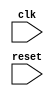
module BCD_counter(
  input clk,
  input reset
  );
  
  reg [3:0] counter_one, counter_ten;//??????counter
  reg carry_bit;//??
  
  
  always @(negedge clk)//clk????
  begin
    if(counter_one == 0)
      carry_bit = 1;
    if(reset)//reset?counter????0
      {counter_ten,counter_one} <= 0;
    else if(counter_one == 9)//??9????carry??0????counter??
      {counter_one,carry_bit} <= 0;
    else//??clk??????
      counter_one <= counter_one + 1;
  end
  
  always @(negedge carry_bit)//carry_bit????
  begin
    if(counter_ten == 9)//??9?????0
      counter_ten <= 0;
    else//??carry_bit??????
      counter_ten <= counter_ten +1;
  end
  
  
  
endmodule